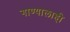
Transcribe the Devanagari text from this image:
गाण्यालाही